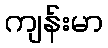
ကျန်းမာ